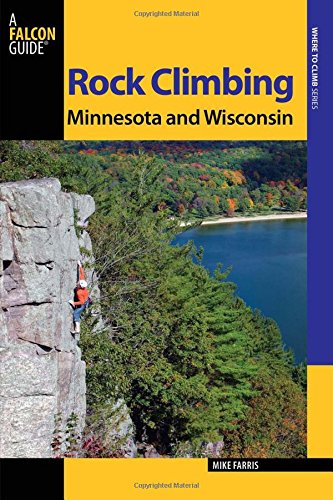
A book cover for Rock Climbing Minnesota and Wisconsin (State Rock Climbing Series); Mike Farris; Sports & Outdoors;